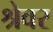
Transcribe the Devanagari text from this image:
श्रेवर